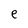
Character: e